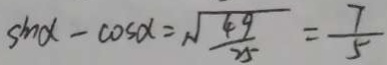
\sin \alpha - \cos \alpha = \sqrt { \frac { 4 9 } { 2 5 } } = \frac { 7 } { 5 }